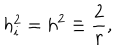
h _ { i } ^ { 2 } = h ^ { 2 } \equiv \frac { 2 } { r } ,